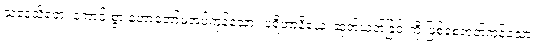
သုဒေသိတေ၊ ကောင်းစွာ ဟောတော်မူအပ်ကုန်သော။ ပရိဟာနိယေ၊ ဆုတ်ယုတ်ခြင်းကို ဖြစ်စေတတ်ကုန်သော။